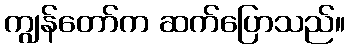
ကျွန်တော်က ဆက်ပြောသည်။